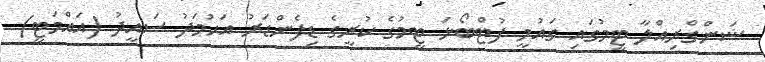
ޝަންގްރިއްލާ ޓީމުގައި ގައުމީ ފުޓްބޯޅަ ޓީމުގެ ކުރީގެ ޑިފެންޑަރު އަހުމަދު ސައީދު (އައްމަޓީ)